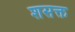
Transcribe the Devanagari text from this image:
शसक्त